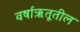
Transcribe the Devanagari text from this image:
वर्षाऋतूतील